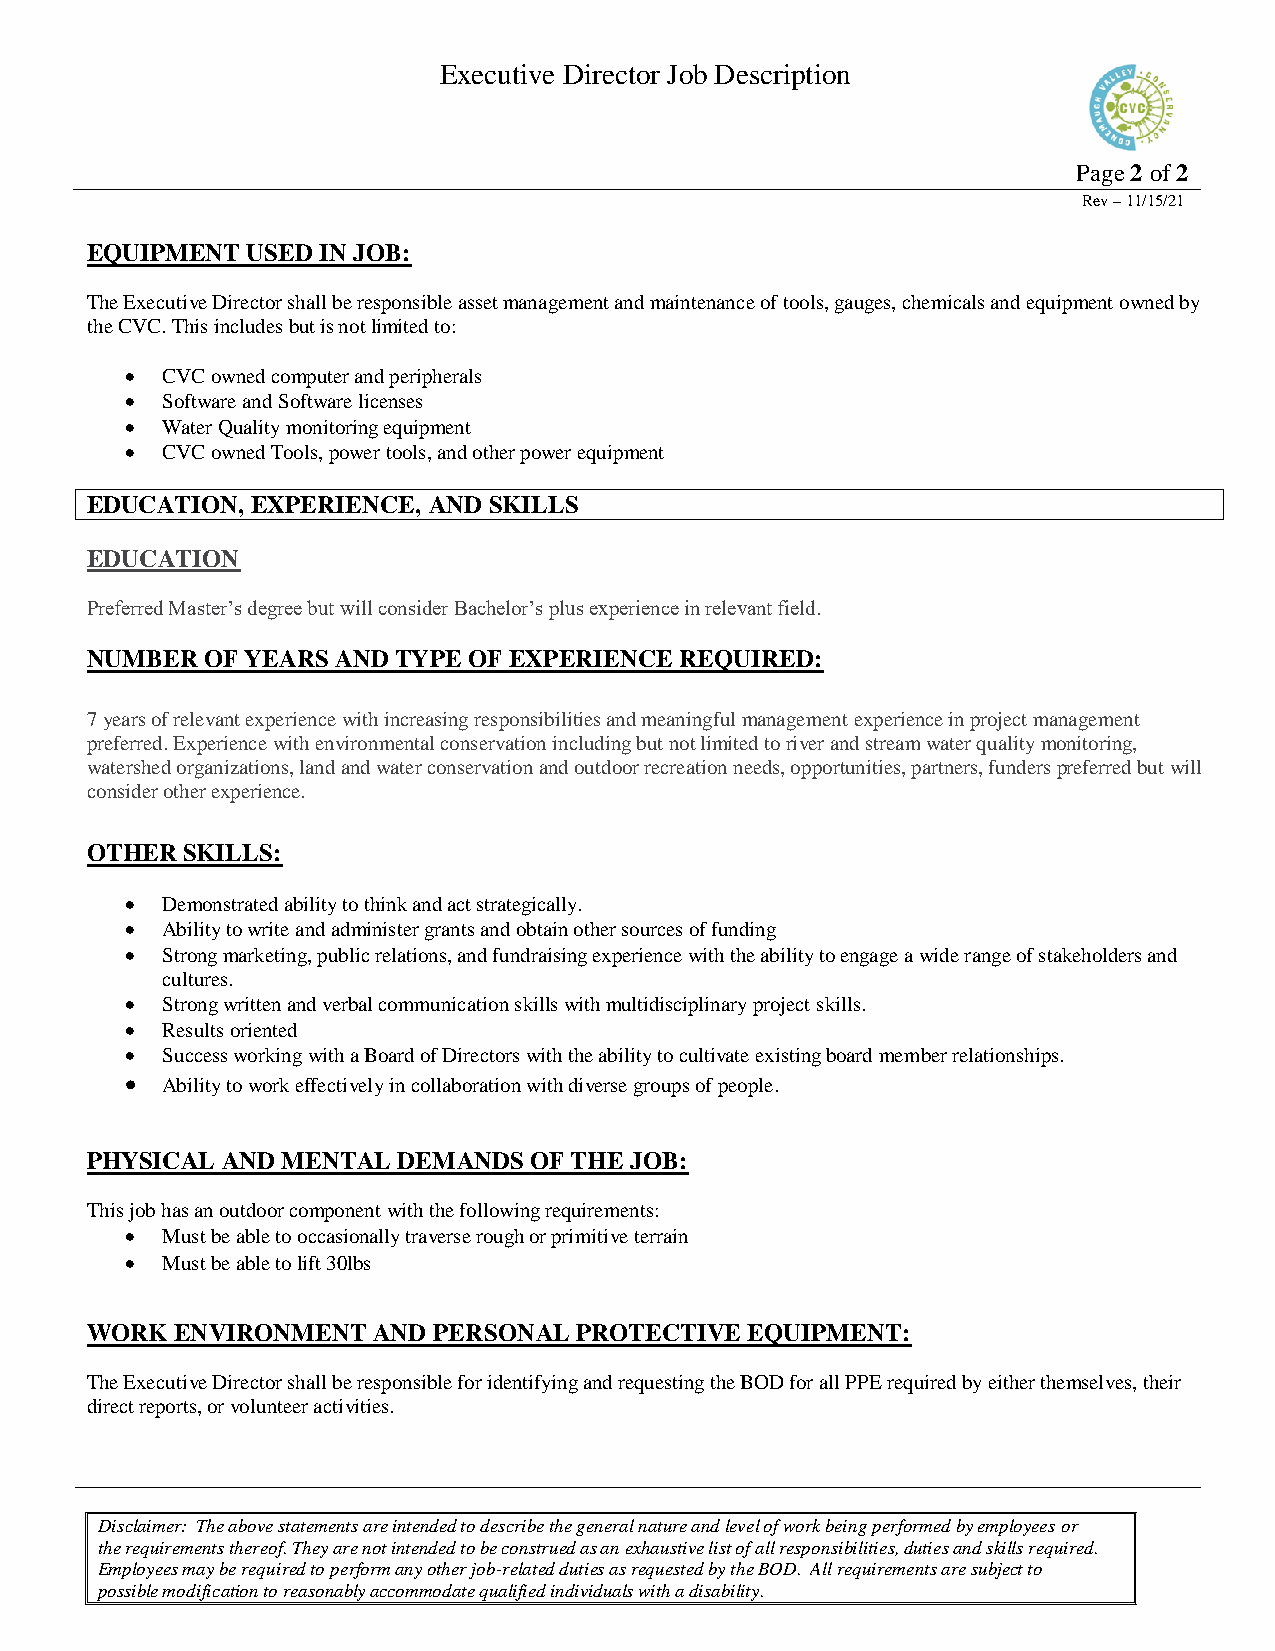
Executive Director Job Description
 Page 2 of 2
 Rev – 11/15/21
 EQUIPMENT USED IN JOB:
 The Executive Director shall be responsible asset management and maintenance of tools, gauges, chemicals and equipment owned by
 the CVC. This includes but is not limited to:
   CVC owned computer and peripherals
   Software and Software licenses
   Water Quality monitoring equipment
   CVC owned Tools, power tools, and other power equipment
 EDUCATION, EXPERIENCE, AND SKILLS
 EDUCATION
 Preferred Master’s degree but will consider Bachelor’s plus experience in relevant field.
 NUMBER  OF YEARS AND TYPE OF EXPERIENCE REQUIRED:
 7 years of relevant experience with increasing responsibilities and meaningful management experience in project management
 preferred. Experience with environmental conservation including but not limited to river and stream water quality monitoring,
 watershed organizations, land and water conservation and outdoor recreation needs, opportunities, partners, funders preferred but will
 consider other experience.
 OTHER SKILLS:
   Demonstrated ability to think and act strategically.
   Ability to write and administer grants and obtain other sources of funding
   Strong marketing, public relations, and fundraising experience with the ability to engage a wide range of stakeholders and
 cultures.
   Strong written and verbal communication skills with multidisciplinary project skills.
   Results oriented
   Success working with a Board of Directors with the ability to cultivate existing board member relationships.
   Ability to work effectively in collaboration with diverse groups of people.
 PHYSICAL AND MENTAL DEMANDS  OF THE JOB:
 This job has an outdoor component with the following requirements:
   Must be able to occasionally traverse rough or primitive terrain
   Must be able to lift 30lbs
 WORK  ENVIRONMENT  AND PERSONAL PROTECTIVE  EQUIPMENT:
 The Executive Director shall be responsible for identifying and requesting the BOD for all PPE required by either themselves, their
 direct reports, or volunteer activities.
 Disclaimer: The above statements are intended to describe the general nature and level of work being performed by employees or
 the requirements thereof. They are not intended to be construed as an exhaustive list of all responsibilities, duties and skills required.
 Employees may be required to perform any other job-related duties as requested by the BOD. All requirements are subject to
 possible modification to reasonably accommodate qualified individuals with a disability.